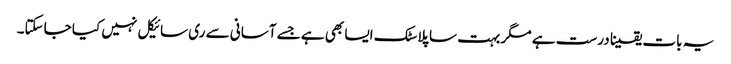
یہ بات یقینا درست ہے مگر بہت سا پلاسٹک ایسا بھی ہے جسے آسانی سے ری سائیکل نہیں کیا جاسکتا۔